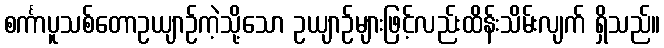
စင်္ကာပူသစ်တောဥယျာဉ်ကဲ့သို့သော ဥယျာဉ်များဖြင့်လည်းထိန်းသိမ်းလျက် ရှိသည်။